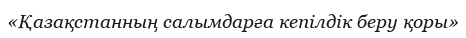
«Қазақстанның салымдарға кепілдік беру қоры»